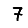
Digit: 7